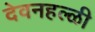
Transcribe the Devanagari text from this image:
देवनहल्ळी